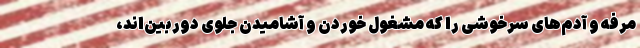
مرفه و آدم‌های سرخوشی را که مشغول خوردن و آشامیدن جلوی دوربین‌اند،